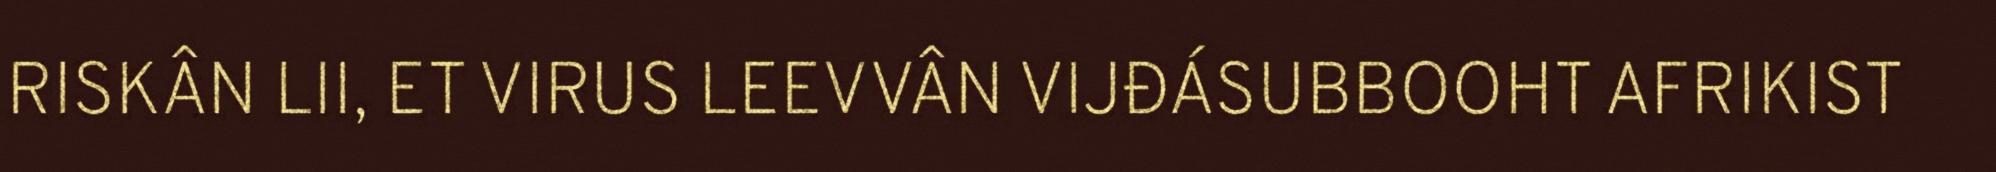
RISKÂN LII, ET VIRUS LEEVVÂN VIJĐÁSUBBOOHT AFRIKIST